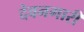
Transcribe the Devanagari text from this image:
देवनगारी